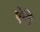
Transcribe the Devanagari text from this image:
ऐलि